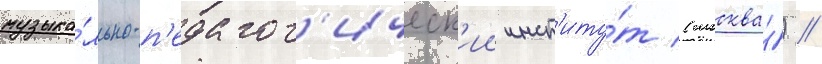
музыка́льно-п'едагог'ическ'ии инст'иту́т (москва́) //